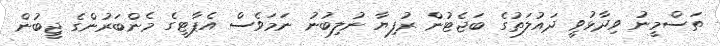
ތަސްމީނު ވިދާޅުވީ ދައުލަތުގެ ބަޖެޓުން ރުފިޔާ ނުލިބުނު ނަމަވެސް އެޕާޓީގެ މެންބަރުންގެ ޖީބުން